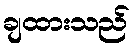
ချထားသည်